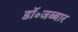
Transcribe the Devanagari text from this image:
डॉ॰जब्बार